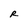
Character: R